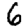
Digit: 6